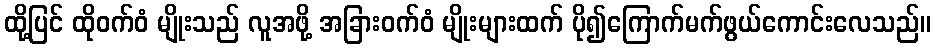
ထို့ပြင် ထိုဝက်ဝံ မျိုးသည် လူအဖို့ အခြားဝက်ဝံ မျိုးများထက် ပို၍ကြောက်မက်ဖွယ်ကောင်းလေသည်။